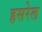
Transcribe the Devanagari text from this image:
हसरेल